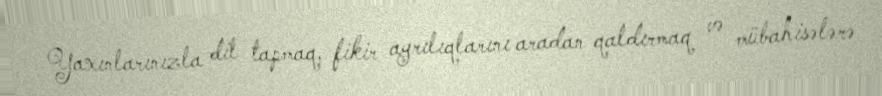
Yaxınlarınızla dil tapmaq, fikir ayrılıqlarını aradan qaldırmaq və mübahisələrə